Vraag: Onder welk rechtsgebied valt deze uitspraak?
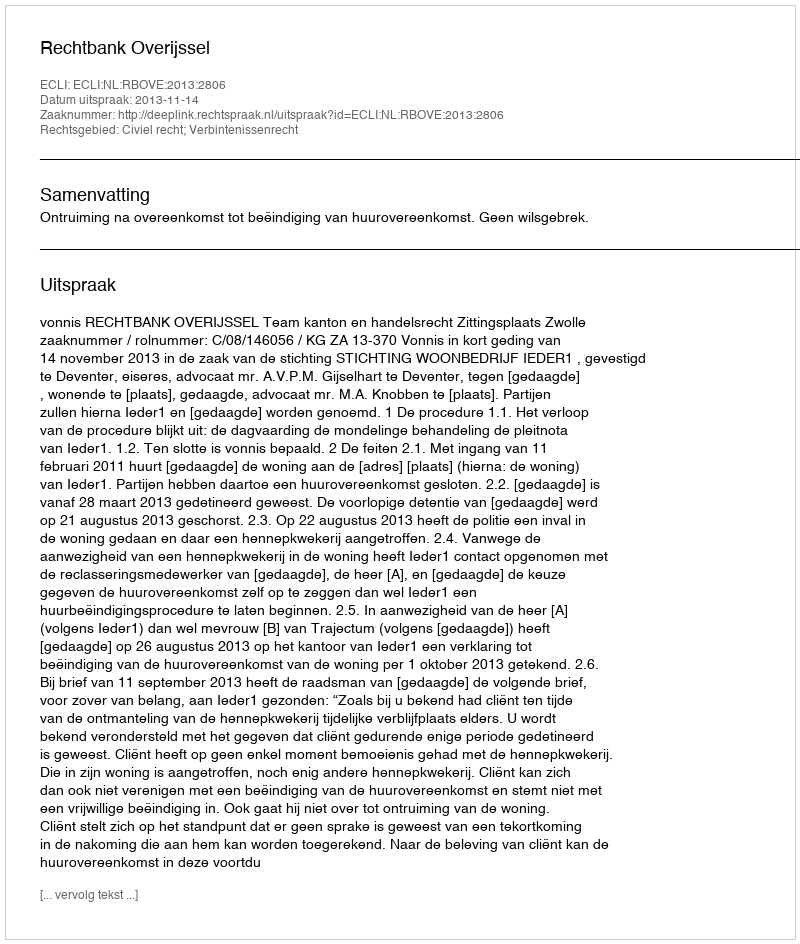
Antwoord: Civiel recht; Verbintenissenrecht